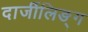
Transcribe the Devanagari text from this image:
दार्जीलिङ्ग